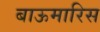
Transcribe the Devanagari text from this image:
बाऊमारिस